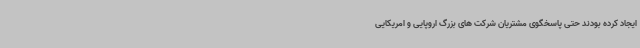
ایجاد کرده بودند حتی پاسخگوی مشتریان شرکت های بزرگ اروپایی و امریکایی